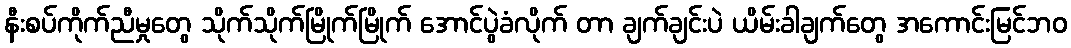
နီးစပ်ကိုက်ညီမှုတွေ သိုက်သိုက်မြိုက်မြိုက် အောင်ပွဲခံလိုက် တာ ချက်ချင်းပဲ ယိမ်းခါချက်တွေ အကောင်းမြင်ဘဝ